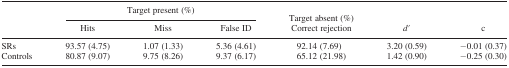
|  | <COLSPAN=3> Target present (%) | Target absent (%) |  |  |
 |  | Hits | Miss | False ID | Correct rejection | d′ | c |
 | --- | --- | --- | --- | --- | --- | --- |
 | SRs | 93.57 (4.75) | 1.07 (1.33) | 5.36 (4.61) | 92.14 (7.69) | 3.20 (0.59) | −0.01 (0.37) |
 | Controls | 80.87 (9.07) | 9.75 (8.26) | 9.37 (6.17) | 65.12 (21.98) | 1.42 (0.90) | −0.25 (0.30) |